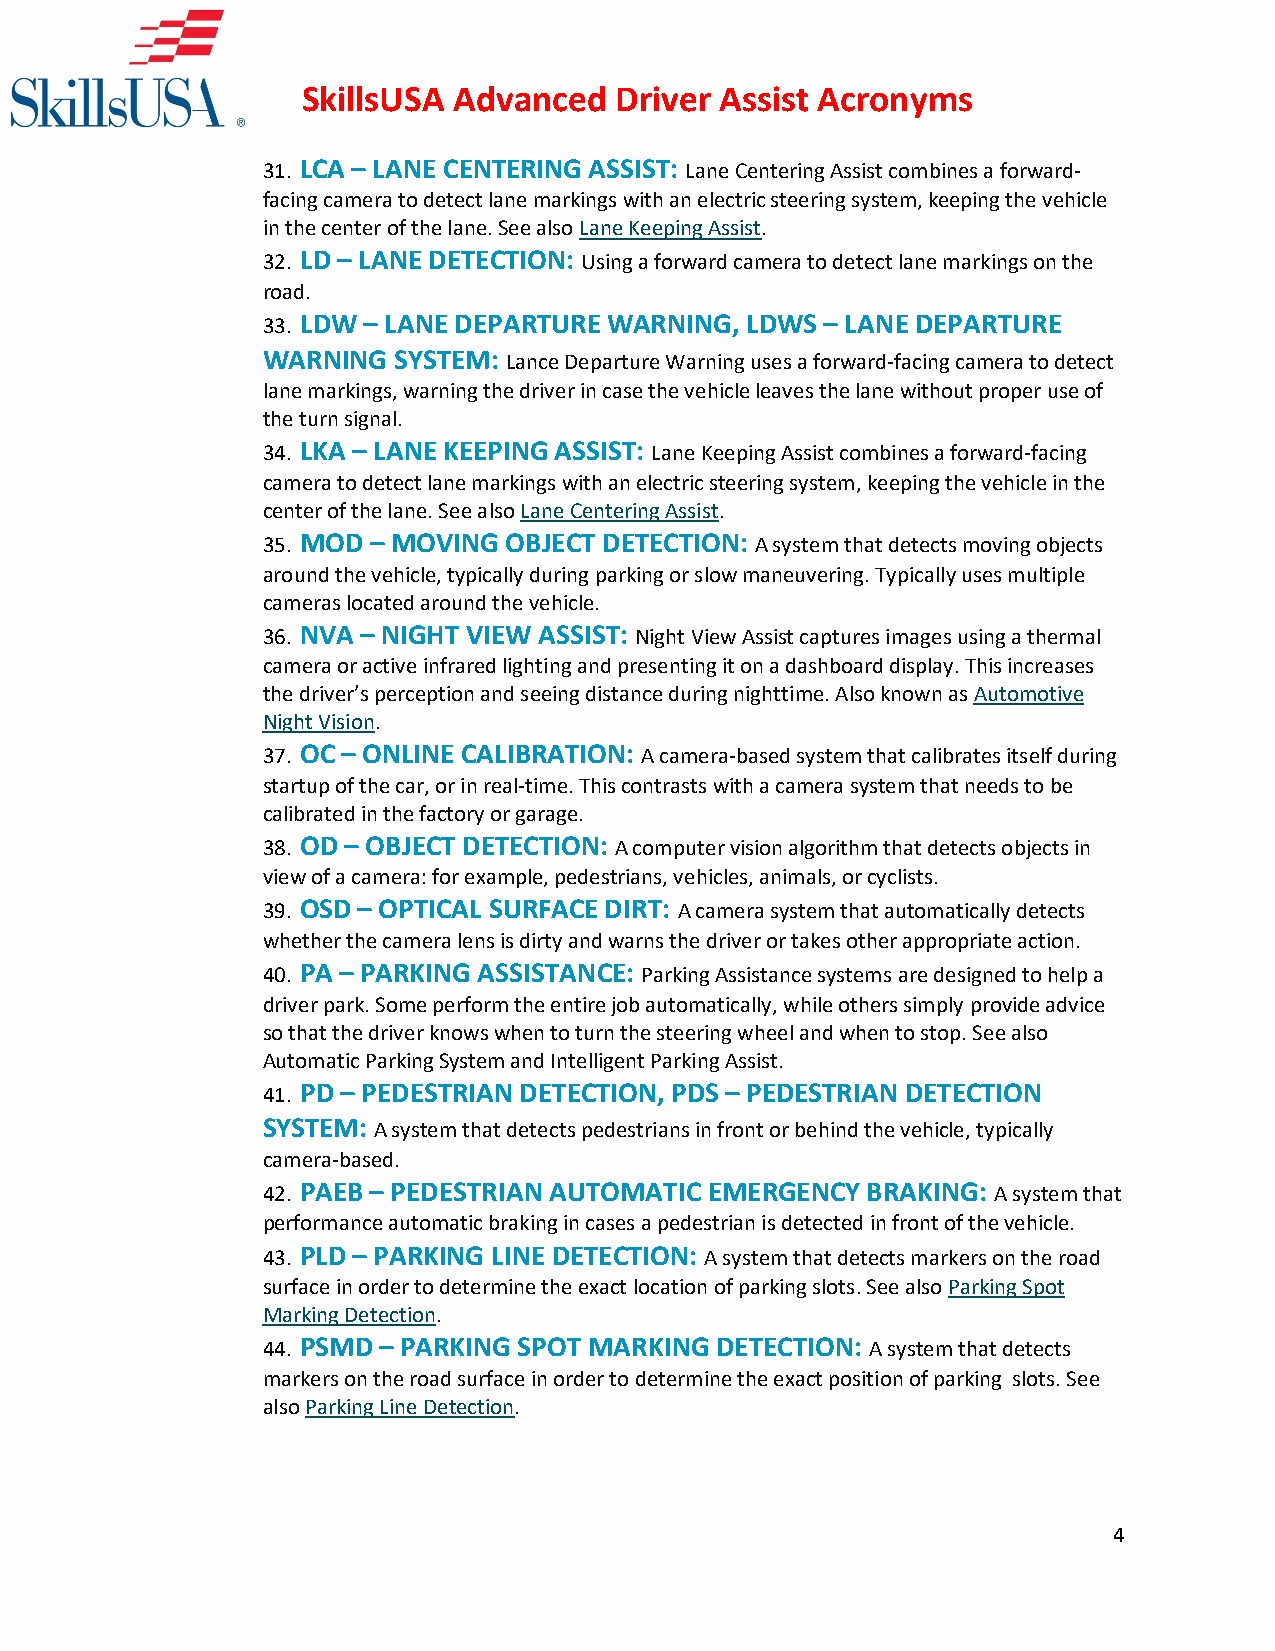
SkillsUSA Advanced   Driver Assist Acronyms
 31. LCA – LANE CENTERING ASSIST: Lane Centering Assist combines a forward-
 facing camera to detect lane markings with an electric steering system, keeping the vehicle
 in the center of the lane. See also Lane Keeping Assist.
 32. LD – LANE DETECTION: Using a forward camera to detect lane markings on the
 road.
 33. LDW – LANE DEPARTURE WARNING, LDWS – LANE DEPARTURE
 WARNING  SYSTEM: Lance Departure Warning uses a forward-facing camera to detect
 lane markings, warning the driver in case the vehicle leaves the lane without proper use of
 the turn signal.
 34. LKA – LANE KEEPING ASSIST: Lane Keeping Assist combines a forward-facing
 camera to detect lane markings with an electric steering system, keeping the vehicle in the
 center of the lane. See also Lane Centering Assist.
 35. MOD – MOVING OBJECT DETECTION: A system that detects moving objects
 around the vehicle, typically during parking or slow maneuvering. Typically uses multiple
 cameras located around the vehicle.
 36. NVA – NIGHT VIEW ASSIST: Night View Assist captures images using a thermal
 camera or active infrared lighting and presenting it on a dashboard display. This increases
 the driver’s perception and seeing distance during nighttime. Also known as Automotive
 Night Vision.
 37. OC – ONLINE CALIBRATION: A camera-based system that calibrates itself during
 startup of the car, or in real-time. This contrasts with a camera system that needs to be
 calibrated in the factory or garage.
 38. OD – OBJECT DETECTION: A computer vision algorithm that detects objects in
 view of a camera: for example, pedestrians, vehicles, animals, or cyclists.
 39. OSD – OPTICAL SURFACE DIRT: A camera system that automatically detects
 whether the camera lens is dirty and warns the driver or takes other appropriate action.
 40. PA – PARKING ASSISTANCE: Parking Assistance systems are designed to help a
 driver park. Some perform the entire job automatically, while others simply provide advice
 so that the driver knows when to turn the steering wheel and when to stop. See also
 Automatic Parking System and Intelligent Parking Assist.
 41. PD – PEDESTRIAN DETECTION, PDS – PEDESTRIAN DETECTION
 SYSTEM: A system that detects pedestrians in front or behind the vehicle, typically
 camera-based.
 42. PAEB – PEDESTRIAN AUTOMATIC EMERGENCY BRAKING: A system that
 performance automatic braking in cases a pedestrian is detected in front of the vehicle.
 43. PLD – PARKING LINE DETECTION: A system that detects markers on the road
 surface in order to determine the exact location of parking slots. See also Parking Spot
 Marking Detection.
 44. PSMD – PARKING SPOT MARKING DETECTION: A system that detects
 markers on the road surface in order to determine the exact position of parking slots. See
 also Parking Line Detection.
 4